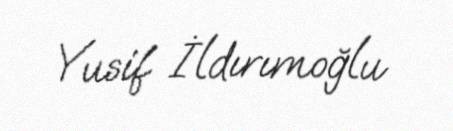
Yusif İldırımoğlu